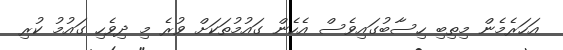
އަހަރެމެން މިތިބި ހިސާބުގައިވެސް އެހެން ގައުމުތަކަށް ވުރެ މި ދިވެހި ގައުމު ކުރި